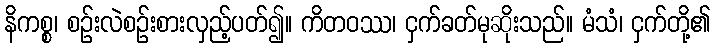
နိကစ္စ၊ စဉ်းလဲစဉ်းစားလှည့်ပတ်၍။ ကိတဝဿ၊ ငှက်ခတ်မုဆိုးသည်။ မံသံ၊ ငှက်တို့၏